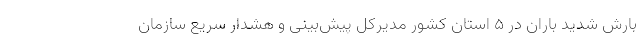
بارش شدید باران در ۵ استان کشور مدیرکل پیش‌بینی و هشدار سریع سازمان